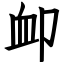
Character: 卹